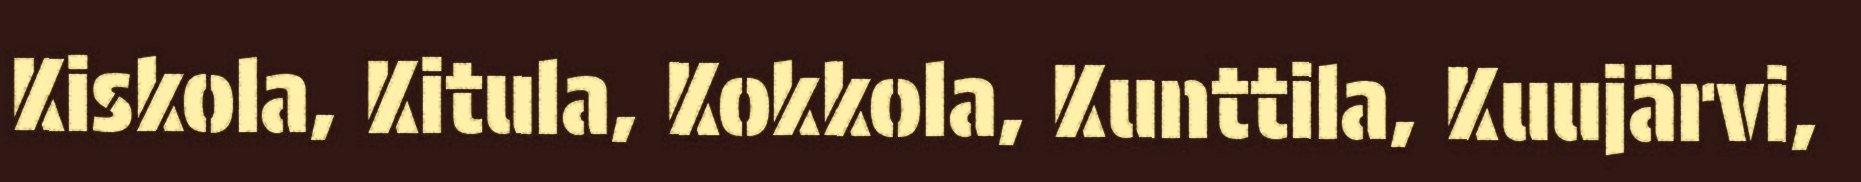
Kiskola, Kitula, Kokkola, Kunttila, Kuujärvi,